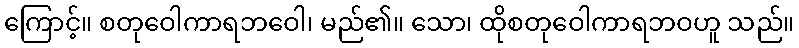
ကြောင့်။ စတုဝေါကာရဘဝေါ၊ မည်၏။ သော၊ ထိုစတုဝေါကာရဘဝဟူ သည်။